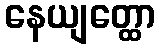
နေယျတ္ထော